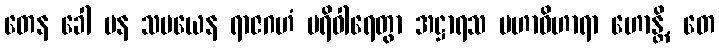
တေန ခေါ ပန သမယေန ရာဇဂဟံ ပရိဝါရေတွာ အဋ္ဌာရသ မဟာဝိဟာရာ ဟောန္တိ, တေ